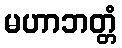
မဟာဘတ္တံ